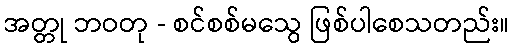
အတ္တု ဘဝတု - စင်စစ်မသွေ ဖြစ်ပါစေသတည်း။